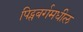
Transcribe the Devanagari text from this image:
पिट्सबर्गमधील